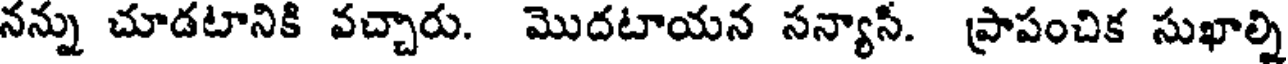
నన్ను చూడటానికి వచ్చారు. మొదటాయన సన్యాసి. ప్రాపంచిక సుఖాల్ని